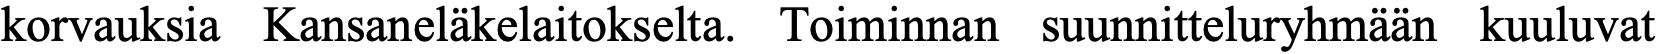
korvauksia Kansaneläkelaitokselta. Toiminnan suunnitteluryhmään kuuluvat